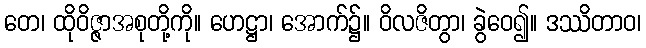
တေ၊ ထိုဝိဇ္ဇာအစုတို့ကို။ ဟေဋ္ဌာ၊ အောက်၌။ ဝိလဇိတွာ၊ ခွဲဝေ၍။ ဒဿိတာဝ၊